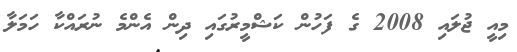
މިއީ ޖުލައި 2008 ގެ ފަހުން ކަޝްމީރުގައި ދިން އެންމެ ނުރައްކާ ހަމަލާ